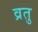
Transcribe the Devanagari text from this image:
व्रतु